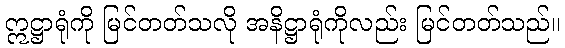
ဣဋ္ဌာရုံကို မြင်တတ်သလို အနိဋ္ဌာရုံကိုလည်း မြင်တတ်သည်။